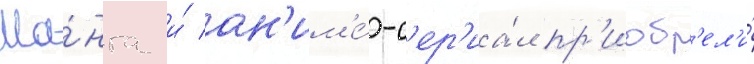
Ма́нга и́ ан'им'е́-с'ер'иа́л пр'иобр'ел'и́